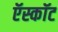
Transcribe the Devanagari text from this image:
ऍस्कॉट